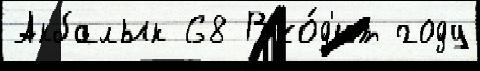
Акбалык 68 Вхо́д'ит году